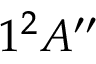
1 ^ { 2 } A ^ { \prime \prime }